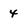
Character: 4